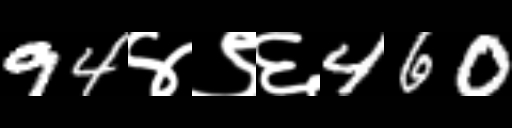
Text: 94४९६460